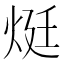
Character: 烶